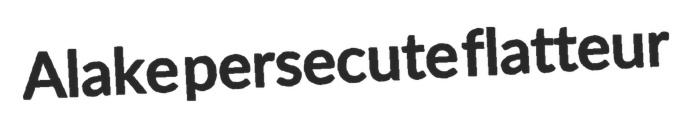
Alake persecute flatteur